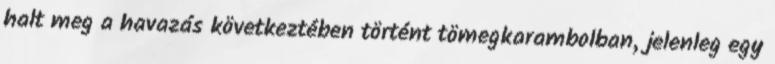
halt meg a havazás következtében történt tömegkarambolban, jelenleg egy